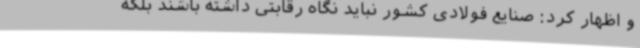
و اظهار کرد: صنایع فولادی کشور نباید نگاه رقابتی داشته باشند بلکه